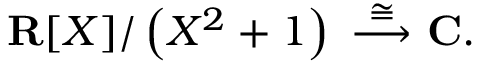
\mathbf { R } [ X ] / \left( X ^ { 2 } + 1 \right) \ { \stackrel { \cong } { \longrightarrow } } \ \mathbf { C } .